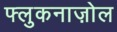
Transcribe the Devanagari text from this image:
फ्लुकनाज़ोल